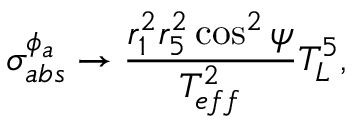
\sigma _ { a b s } ^ { \phi _ { a } } \rightarrow \frac { r _ { 1 } ^ { 2 } r _ { 5 } ^ { 2 } \cos ^ { 2 } \psi } { T _ { e f f } ^ { 2 } } T _ { L } ^ { 5 } ,